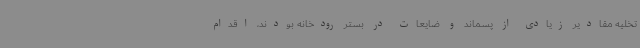
تخلیه مقادیر زیادی از پسماند و ضایعات در بستر رودخانه بودند، اقدام